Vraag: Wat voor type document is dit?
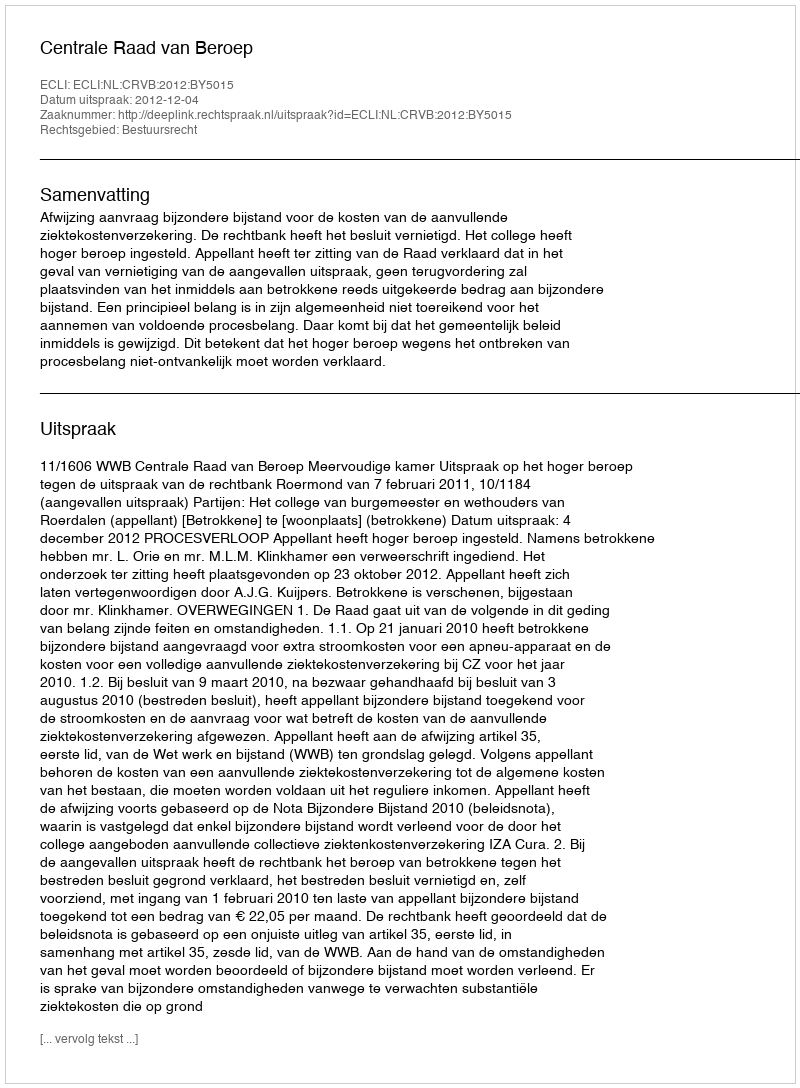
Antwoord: Uitspraak